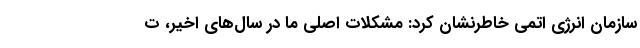
سازمان انرژی اتمی خاطرنشان کرد: مشکلات اصلی ما در سال‌های اخیر، ت